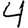
Digit: 4